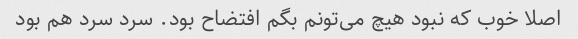
اصلا خوب که نبود هیچ می‌تونم بگم افتضاح بود. سرد سرد هم بود